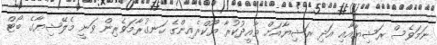
ނަމަވެސް ރަޝިޔާއާއި އަދި ރަޝިޔާއަށް ތާއީދުކުރާ ޔޫކްރެއިންގެ ހަނގުރާމަވެރިން ވަނީ މެލޭޝިޔާގެ ބޯޓް